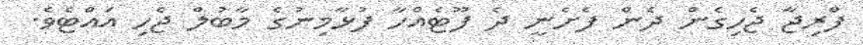
ފްރިޖާ ޖެހިގެން ދެން ފެށެނީ ދެ ފޫޓެއްހާ ފުޅާމިނުގެ މާބުލް ޖެހި އައްޓެވެ.